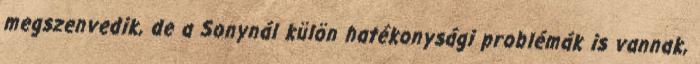
megszenvedik, de a Sonynál külön hatékonysági problémák is vannak,